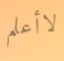
لاأعلم